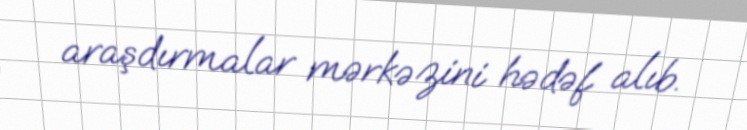
araşdırmalar mərkəzini hədəf alıb.